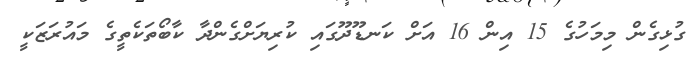
ގުޅިގެން މިމަހުގެ 15 އިން 16 އަށް ކަނޑޫދޫގައި ކުރިޔަށްގެންދާ ކާބޯތަކެތީގެ މައުރަޒަކީ